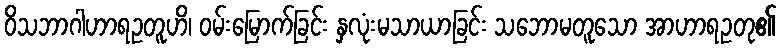
ဝိသဘာဂါဟာရဥတူဟိ၊ ဝမ်းမြောက်ခြင်း နှလုံးမသာယာခြင်း သဘောမတူသော အာဟာရဥတု၏